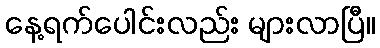
နေ့ရက်ပေါင်းလည်း များလာပြီ။